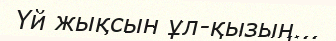
Үй жықсын ұл-қызың...